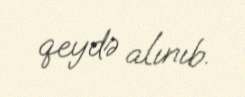
qeydə alınıb.